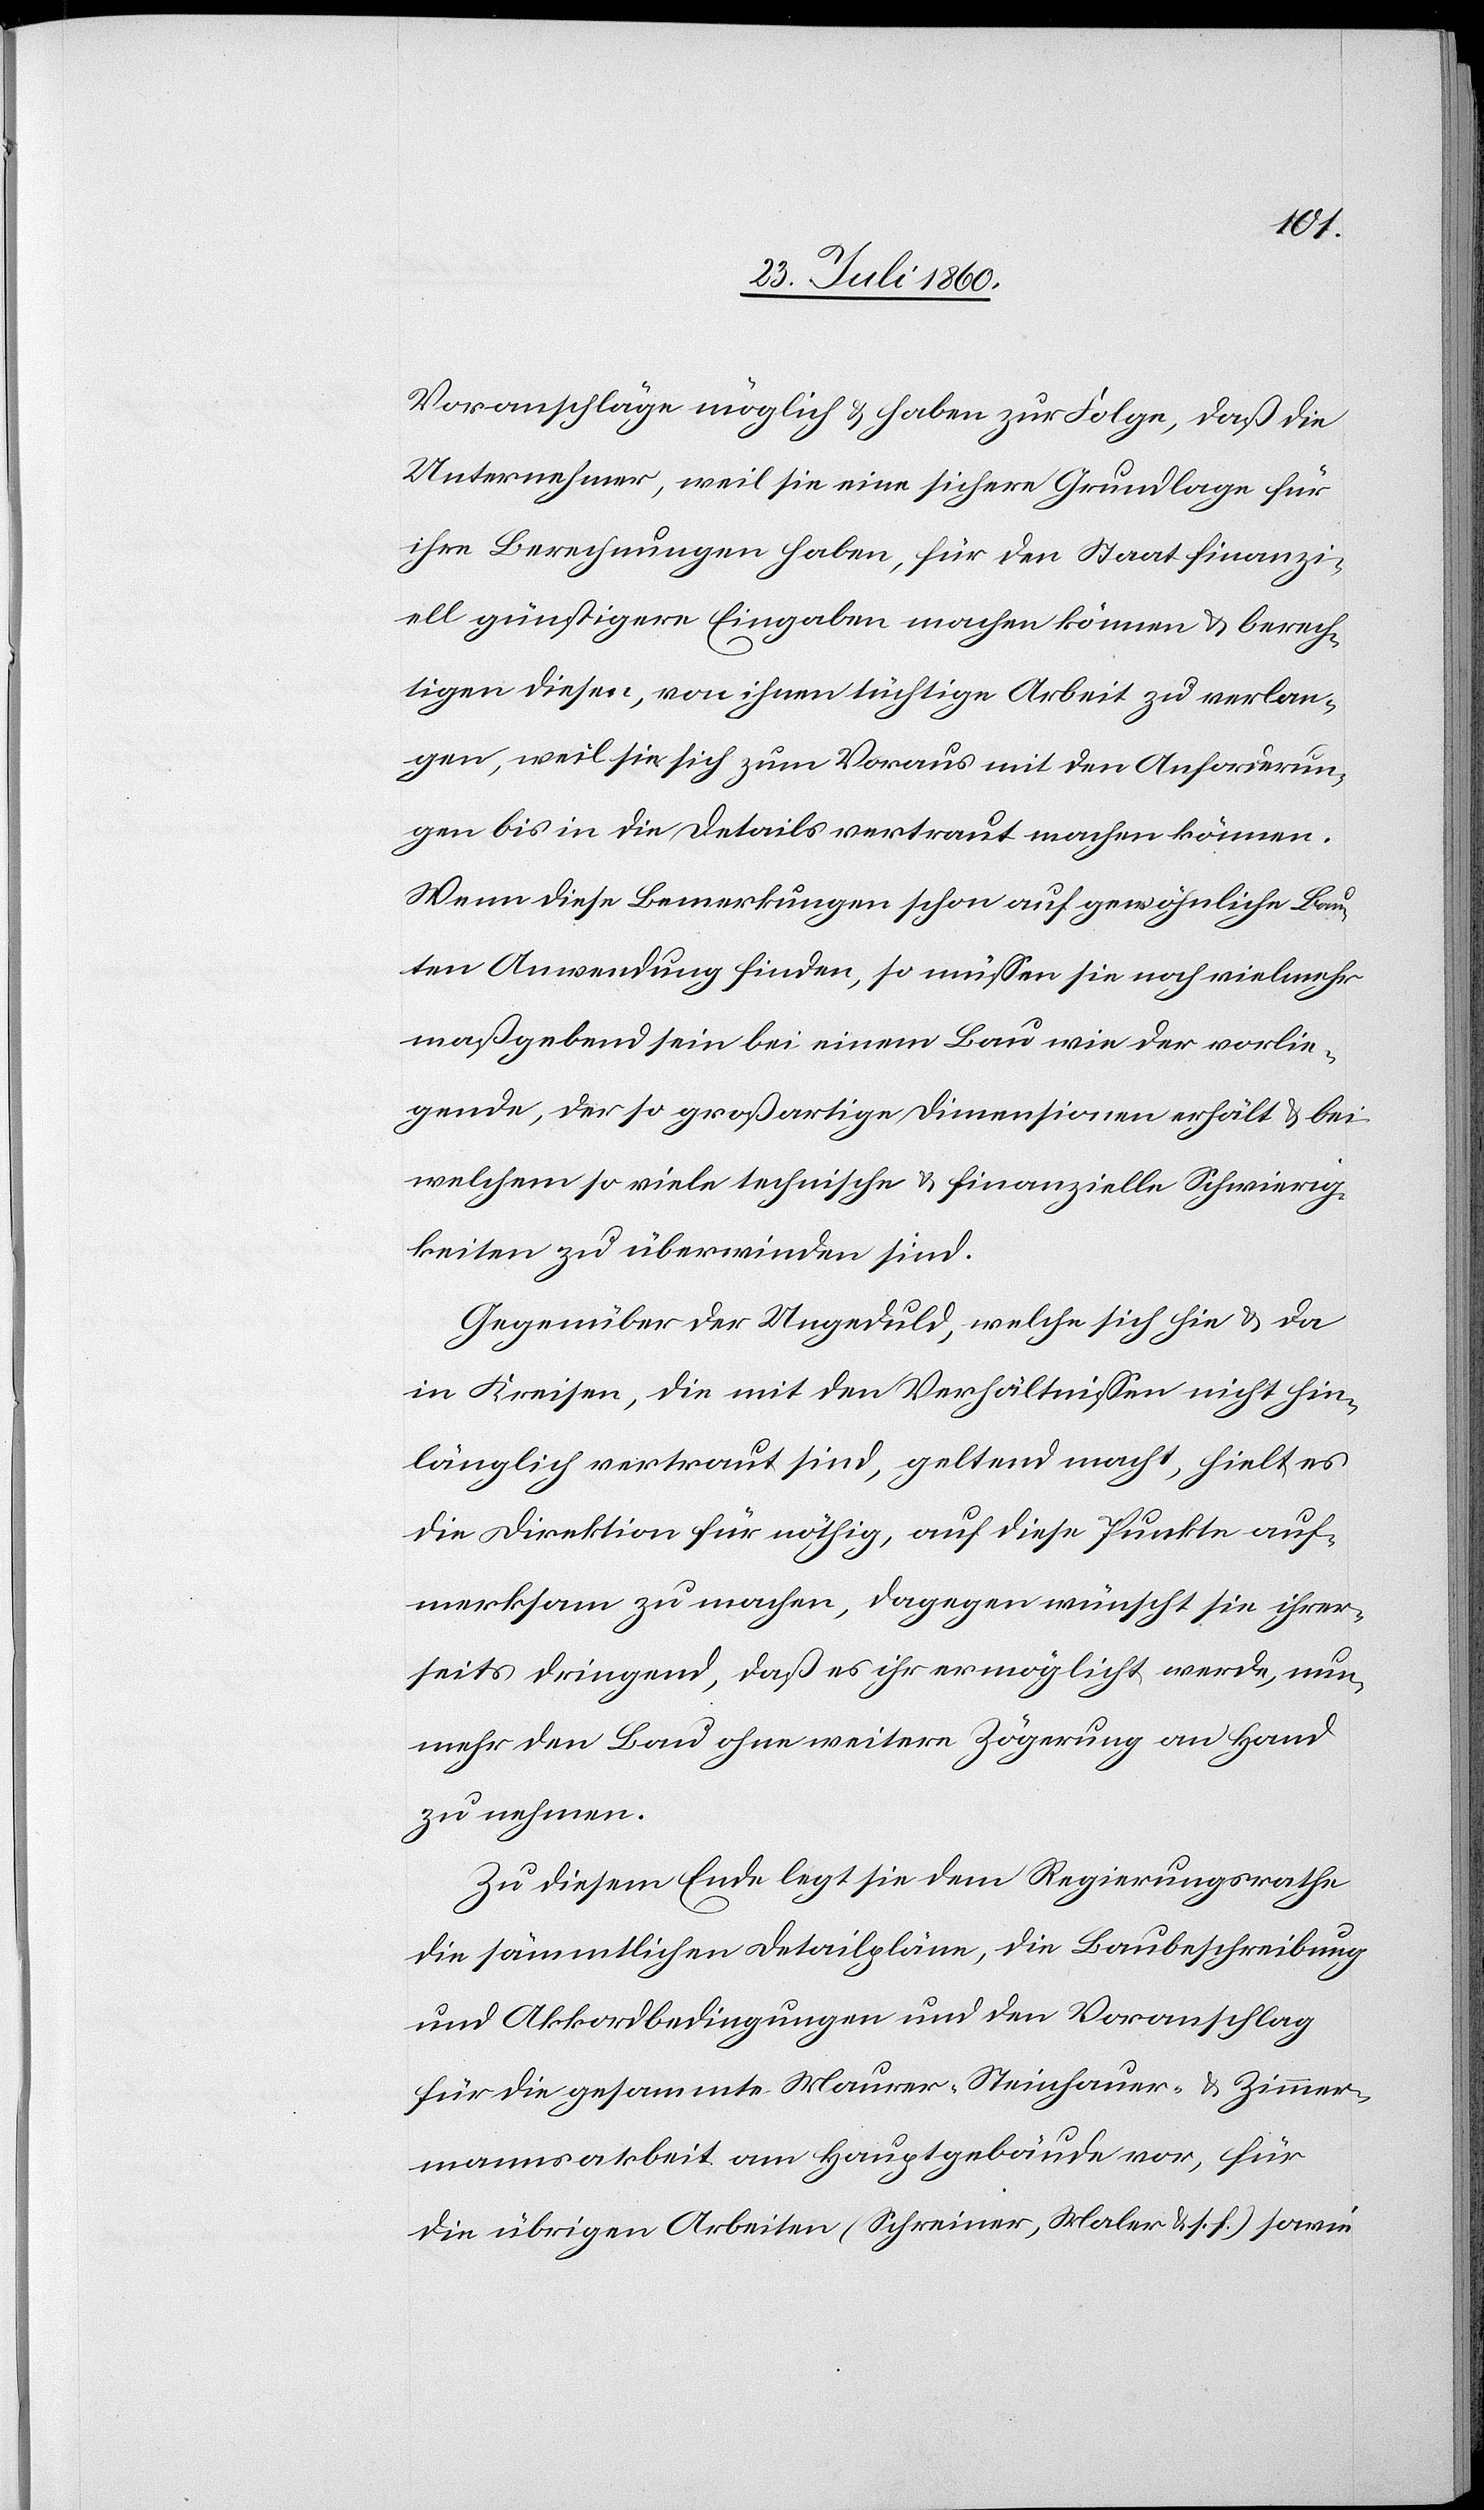
anschläge möglich und haben zur Folge, dass die
Unternehmer, weil sie eine sichere Grundlage für
ihre Berechnungen haben, für den Staat finanzi¬
ell günstigere Eingaben machen können und berech¬
tigen diesen, von ihnen tüchtige Arbeit zu verlan¬
gen, weil sie sich zum Voraus mit den Anforderun¬
gen bis in die Details vertraut machen können.
Wenn diese Bemerkungen schon auf gewöhnliche Bau¬
ten Anwendung finden, so müssen sie noch vielmehr
massgebend sein bei einem Bau wie der vorlie¬
gende, der so grossartige Dimensionen erhält und bei
welchem so viele technische und finanzielle Schwierig¬
keiten zu überwinden sind.
Gegenüber der Ungeduld, welche sich hie und da
in Kreisen, die mit den Verhältnissen nicht hin¬
länglich vertraut sind, geltend macht, hielt es
die Direktion für nöthig, auf diese Punkte auf¬
merksam zu machen, dagegen wünscht sie ihrer¬
seits dringend, dass es ihr ermöglicht werde, nun¬
mehr den Bau ohne weitere Zögerung an Hand
zu nehmen.
Zu diesem Ende legt sie dem Regierungsrathe
die sämmtlichen Detailpläne, die Baubeschreibung
und Akkordbedingungen und den Voranschlag
für die gesammte Maurer- Steinhauer- u. Zimmer¬
mannsarbeit am Hauptgebäude vor; für
die übrigen Arbeiten (Schreiner, Maler u. s. f.) sowie